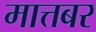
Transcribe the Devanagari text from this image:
मात्तबर